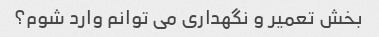
بخش تعمیر و نگهداری می توانم وارد شوم؟